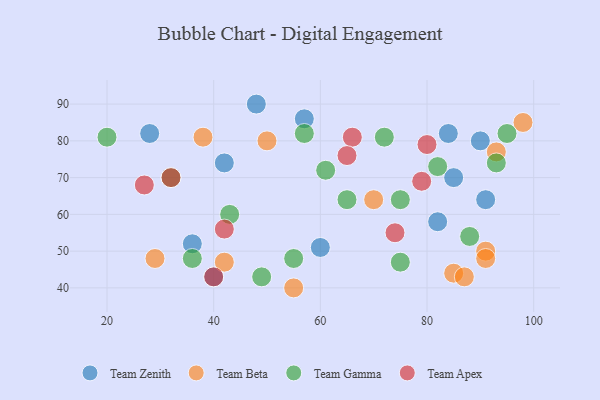
{"axis": {"x": "GDP", "y": "Life Expectancy"}, "legend": ["Team Apex", "Team Beta", "Team Gamma", "Team Zenith"], "data": [{"x": "85", "y": 70, "type": "Team Zenith"}, {"x": "40", "y": 43, "type": "Team Zenith"}, {"x": "60", "y": 51, "type": "Team Zenith"}, {"x": "42", "y": 74, "type": "Team Zenith"}, {"x": "91", "y": 64, "type": "Team Zenith"}, {"x": "84", "y": 82, "type": "Team Zenith"}, {"x": "57", "y": 86, "type": "Team Zenith"}, {"x": "48", "y": 90, "type": "Team Zenith"}, {"x": "36", "y": 52, "type": "Team Zenith"}, {"x": "90", "y": 80, "type": "Team Zenith"}, {"x": "82", "y": 58, "type": "Team Zenith"}, {"x": "28", "y": 82, "type": "Team Zenith"}, {"x": "42", "y": 47, "type": "Team Beta"}, {"x": "70", "y": 64, "type": "Team Beta"}, {"x": "29", "y": 48, "type": "Team Beta"}, {"x": "85", "y": 44, "type": "Team Beta"}, {"x": "98", "y": 85, "type": "Team Beta"}, {"x": "50", "y": 80, "type": "Team Beta"}, {"x": "91", "y": 50, "type": "Team Beta"}, {"x": "55", "y": 40, "type": "Team Beta"}, {"x": "91", "y": 48, "type": "Team Beta"}, {"x": "93", "y": 77, "type": "Team Beta"}, {"x": "38", "y": 81, "type": "Team Beta"}, {"x": "87", "y": 43, "type": "Team Beta"}, {"x": "75", "y": 47, "type": "Team Gamma"}, {"x": "93", "y": 74, "type": "Team Gamma"}, {"x": "61", "y": 72, "type": "Team Gamma"}, {"x": "72", "y": 81, "type": "Team Gamma"}, {"x": "49", "y": 43, "type": "Team Gamma"}, {"x": "55", "y": 48, "type": "Team Gamma"}, {"x": "43", "y": 60, "type": "Team Gamma"}, {"x": "82", "y": 73, "type": "Team Gamma"}, {"x": "88", "y": 54, "type": "Team Gamma"}, {"x": "32", "y": 70, "type": "Team Gamma"}, {"x": "75", "y": 64, "type": "Team Gamma"}, {"x": "95", "y": 82, "type": "Team Gamma"}, {"x": "65", "y": 64, "type": "Team Gamma"}, {"x": "57", "y": 82, "type": "Team Gamma"}, {"x": "20", "y": 81, "type": "Team Gamma"}, {"x": "36", "y": 48, "type": "Team Gamma"}, {"x": "32", "y": 70, "type": "Team Apex"}, {"x": "42", "y": 56, "type": "Team Apex"}, {"x": "27", "y": 68, "type": "Team Apex"}, {"x": "40", "y": 43, "type": "Team Apex"}, {"x": "66", "y": 81, "type": "Team Apex"}, {"x": "65", "y": 76, "type": "Team Apex"}, {"x": "80", "y": 79, "type": "Team Apex"}, {"x": "79", "y": 69, "type": "Team Apex"}, {"x": "74", "y": 55, "type": "Team Apex"}]}